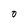
Character: 0